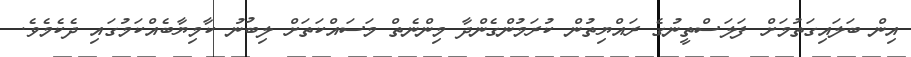
އިން ބަލައިގަތުމަށް ފަލަސްތީނުގެ ރައްޔިތުން ކުރަމުންގެންދާ މިންނެތް މަސައްކަތަށް ލިބުނު ކާމިޔާބެއްކަމުގައި ދެކެމެވެ.